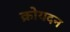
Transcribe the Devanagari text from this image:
क्रोयदन